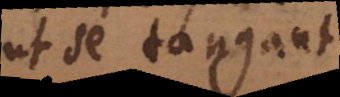
ut se tangant.